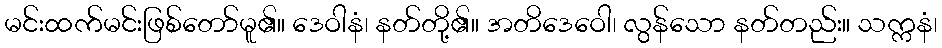
မင်းထက်မင်းဖြစ်တော်မူ၏။ ဒေဝါနံ၊ နတ်တို့၏။ အတိဒေဝေါ၊ လွန်သော နတ်တည်း။ သက္ကနံ၊